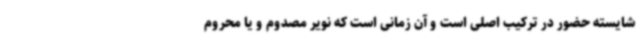
شایسته حضور در ترکیب اصلی است و آن زمانی است که نویر مصدوم و یا محروم